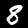
Label: 8